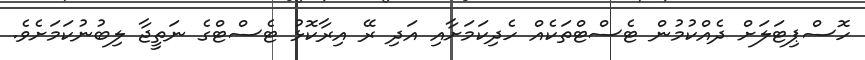
ހޮސްޕިޓަލަށް ދެއްކުމުން ޓެސްޓްތަކެއް ހެދިކަމަށާއި އަދި ރޭ އިރާކޮޅު ޓެސްޓްގެ ނަތީޖާ ލިބުނުކަމަށެވެ.